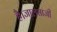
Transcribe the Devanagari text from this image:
है।जालसाजी